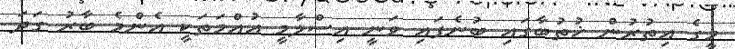
މީގެ އިތުރުން ޚުތުބާގައި ބުނެފައި ވަނީ އިސްލާމީ އުއްމަތަކީ އެންމެ ބާރު ގަދަ